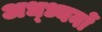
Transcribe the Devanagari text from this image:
अध्ध्यनों